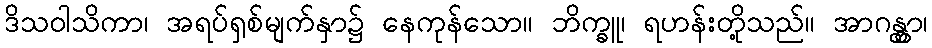
ဒိသဝါသိကာ၊ အရပ်ရှစ်မျက်နှာ၌ နေကုန်သော။ ဘိက္ခူ၊ ရဟန်းတို့သည်။ အာဂန္တွာ၊